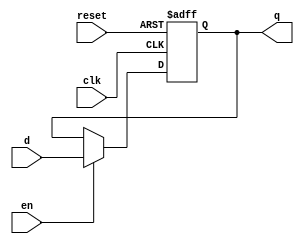
module parameterized_register #(
    parameter N = 8 // Default bit width of the register
)(
    input wire clk,        // Clock signal
    input wire reset,      // Asynchronous reset signal
    input wire [N-1:0] d,  // Input data signal
    input wire en,         // Enable signal
    output reg [N-1:0] q   // Output data signal
);

// Behavioral modeling of the register
always @(posedge clk or posedge reset) begin
    if (reset) begin
        // Reset the register to zero on reset signal
        q <= {N{1'b0}}; // Initialize q to 0 (N bits)
    end else if (en) begin
        // Capture input data on enable signal
        q <= d;
    end
    // If reset is low and enable is low, retain previous value of q
end

endmodule